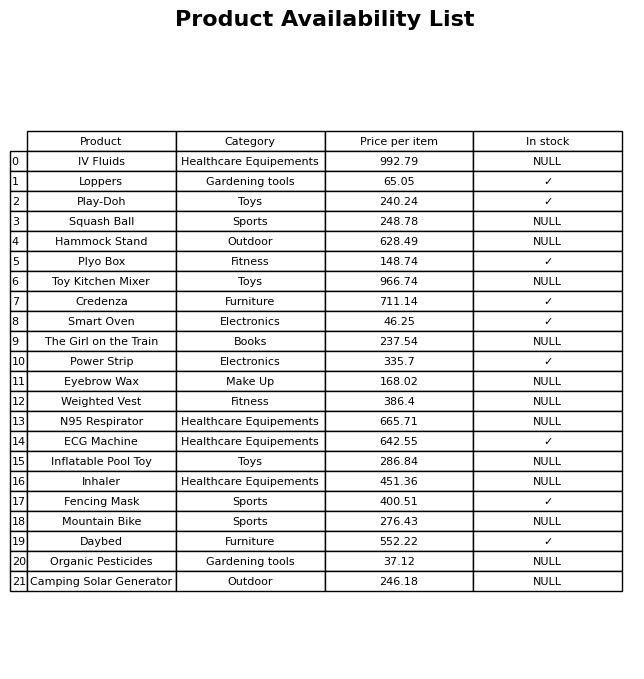
question: What is the price of the Mountain Bike?
answer: The price of Mountain Bike is 276.43.